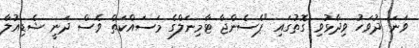
ވަނަ ދުވަހު ވިދާޅުވި ގޮތުގައި "ޕެސެންޖާ ޓާމިނަލްގެ މަސައްކަތް ވެސް ދަނީ ޝެޑިއުލާ